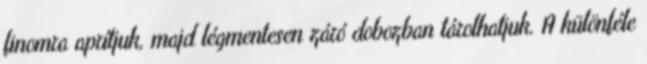
finomra aprítjuk, majd légmentesen záró dobozban tárolhatjuk. A különféle